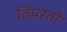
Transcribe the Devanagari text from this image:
तिपरती